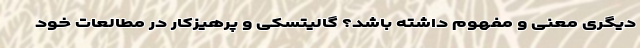
دیگری معنی و مفهوم داشته باشد؟ گالیتسکی و پرهیزکار در مطالعات خود